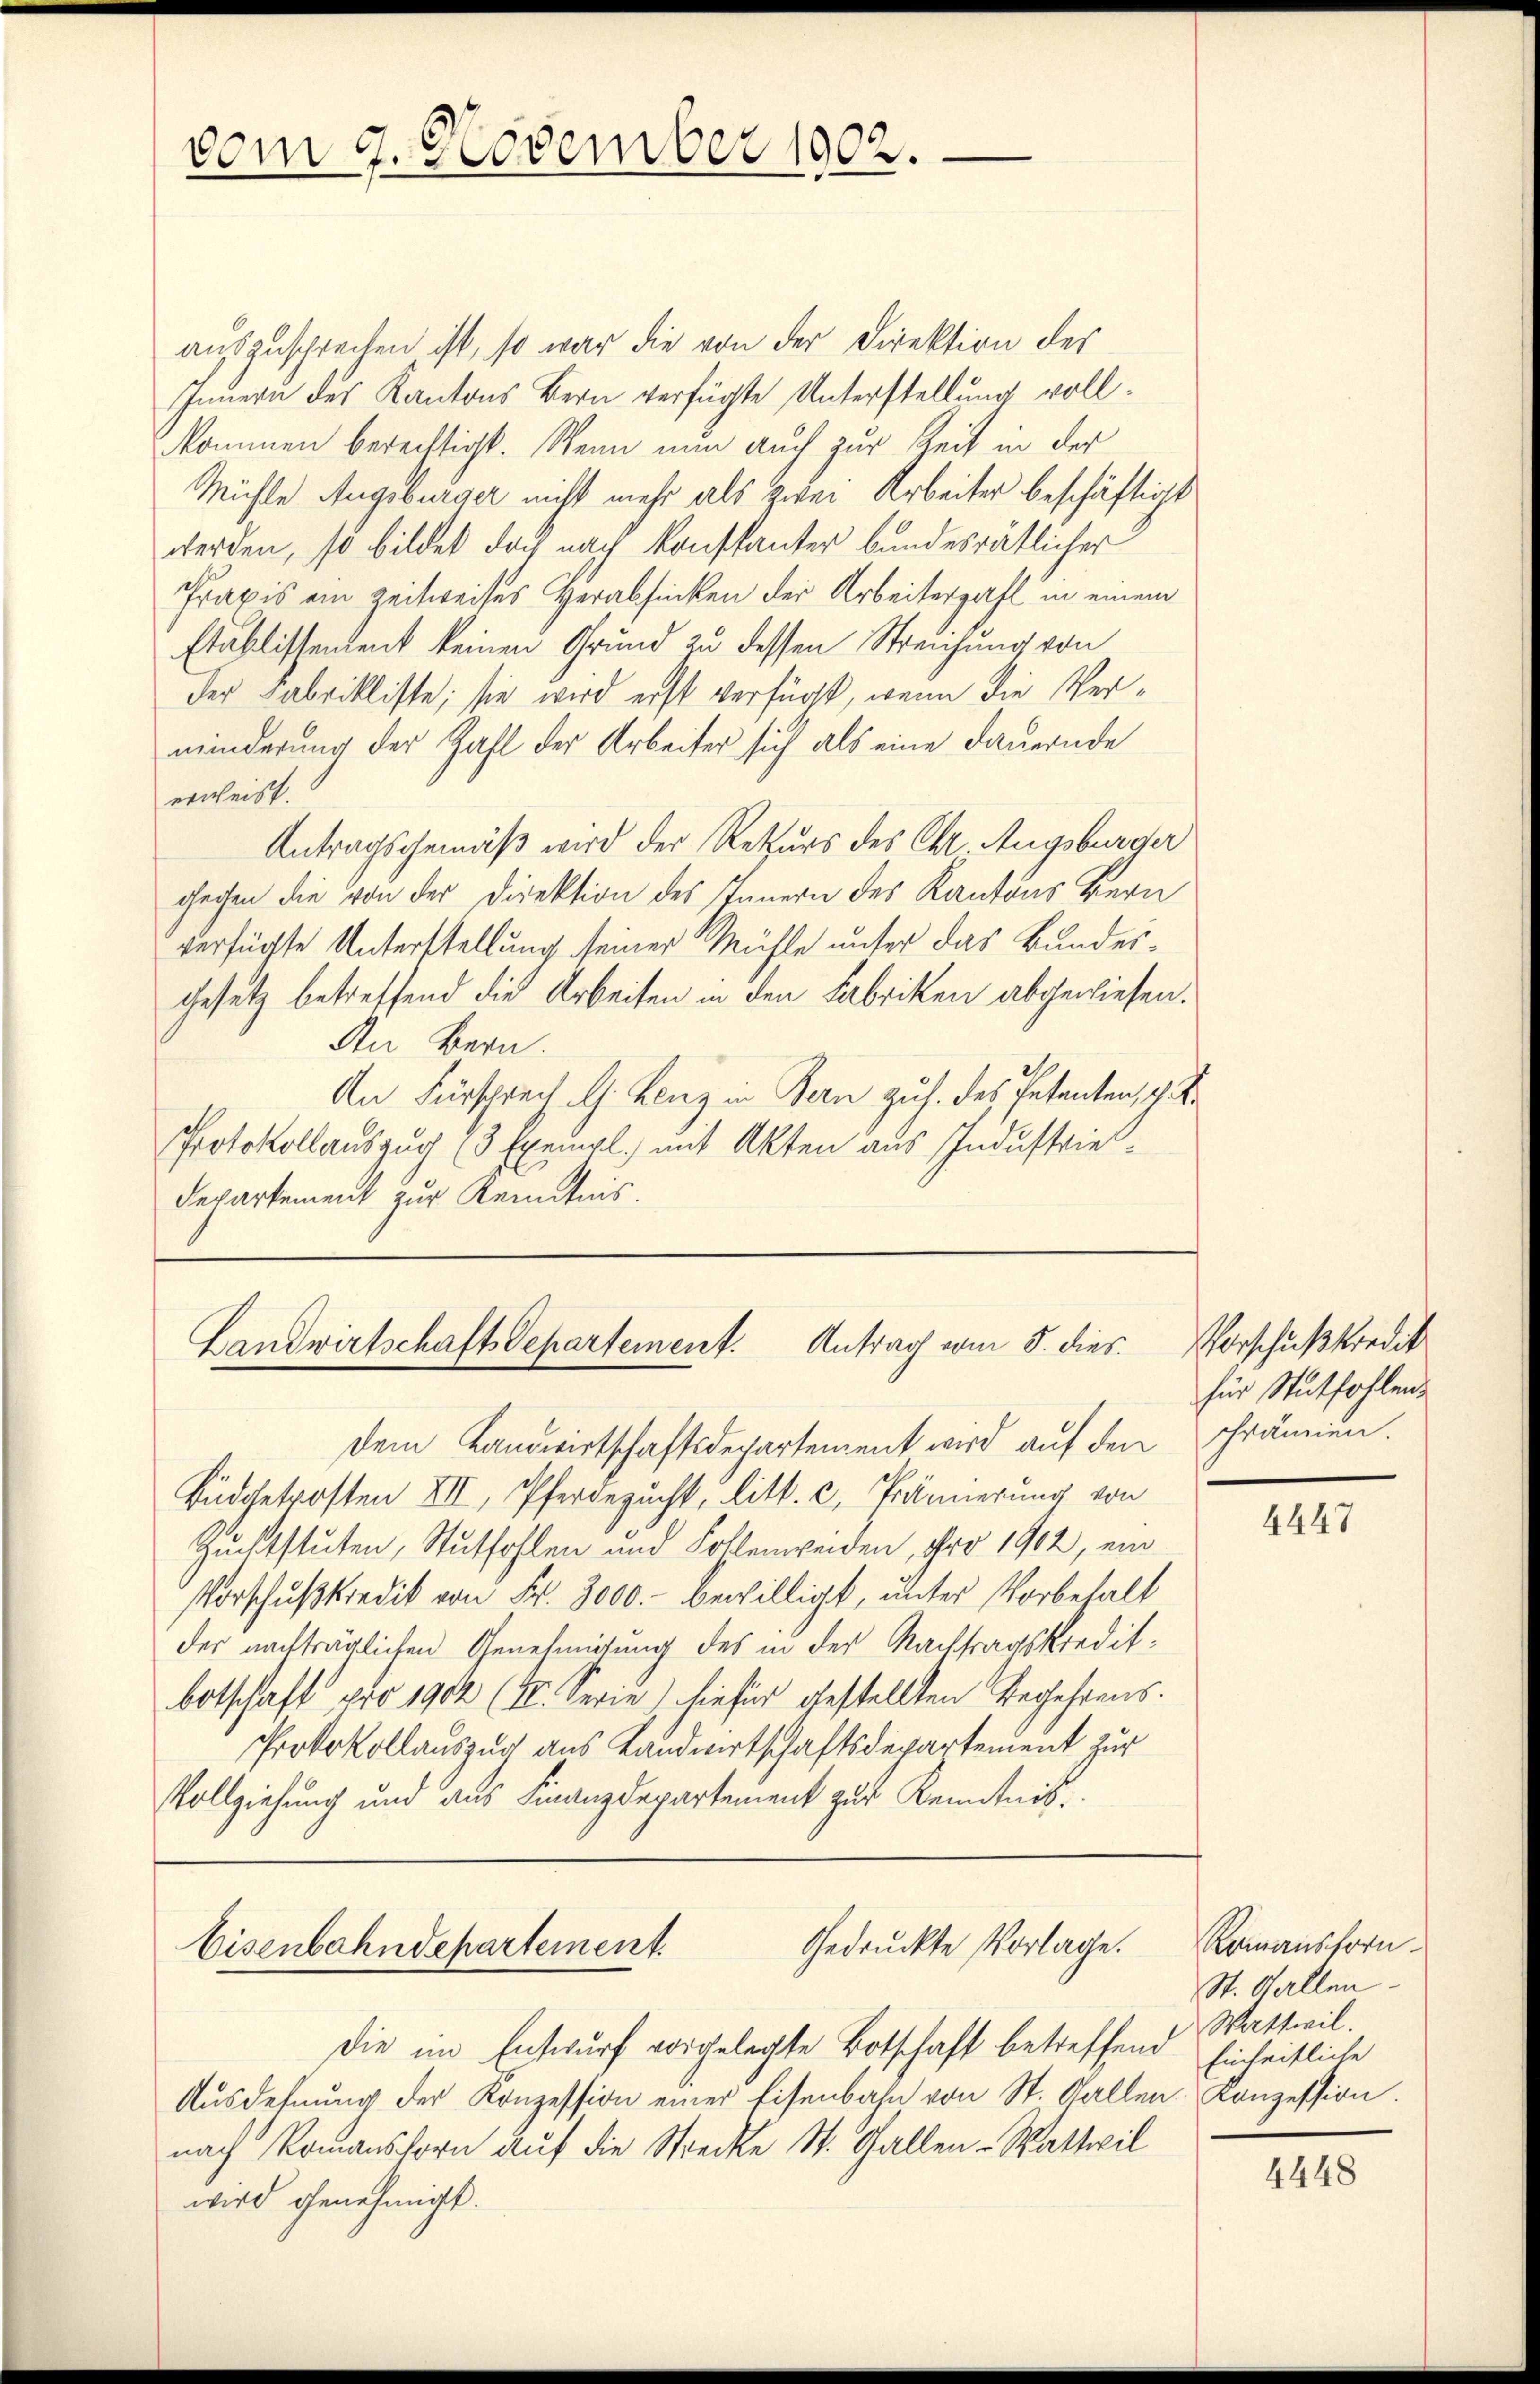
vom 9. November 1902.

auszusprechen ist, so war die von der Direktion des
Innern des Kantons Bern verfügte Unterstellung voll¬
Mommen berechtigt. Wenn nun auch zur Zeit in der
Michle Augsburger nicht mehr als zwei Arbeiter beschäftigt
werden, so bildet doch nach Konstanter bundesrätlicher
Praxis ein Zeitweises Herabsinken der Arbeiterzahl in einem
Etablissendent keinen Grund zu dessen Streichung von
der Fabrikliste; sie wird erst verfügt, wenn die Verminderung der Zahl der Arbeiter sich als eine Dauernde
erweist.
Antragsgemäß wird der Rekurs des Chr. Augsburger
gechen die von der Direktion des Innern des Kantons Bern
verfügte Unterstellung seiner Mühle unser das Bundeigesetz betreffend die Arbeiten in den Fabriken abgewiesen.
An Bern.
An Fürsprech G. Lenz in Bern zuh. des Petenten, z.
Protokollauszug (3 Exempl. mit Akten aus Industrie
Departement zur Kenntnis.

Landwirtschaft Separtement. Antrag vom 8. dies

Gedruckte Vorlage. Romanshorn¬
Eisenbahndepartement.

dem Landwirtschaftsdepartement wird auf den
Büdgetrosten XII, Pferdezucht, litt. c, Prämierung von
Zuchtstuten, Stutfohlen und Kollenweiden, pro 1902, ein
Vorschußkredit von Fr. 3000.- bewilligt, unter Vorbehalt
der nachträglichen Genehmigung des in der Nachtragskreditbotschaft pro 1902 (1. Serie) hiefür gestellten Begehrens.
Protokollauszug aus Landwirtschaftsdepartement zur
Vollziehung und aus Finanzdepartement zur Kenntnis.

Die im Entwurf vorgelegte Botschaft betreffend Einheitliche
Aŭsdehnung der Konzession einer Eisenbahn von St. Gallen. Konzession.
nach Romanshorn auf die Strecke St. Gallen-Wattwil
wird genehmigt.

Vorschußkredit
für Stutfohlen.
schrämien.

4447

St. Gallen.
Wattwil.

4448